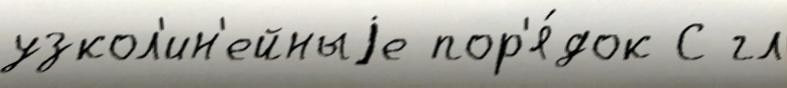
узкол'ин'ейныjе пор'я́док С гл